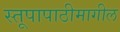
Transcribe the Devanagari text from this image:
स्तूपापाठीमागील